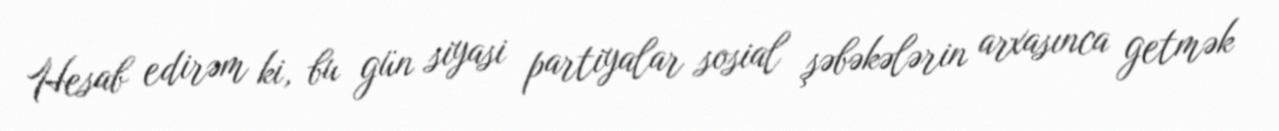
Hesab edirəm ki, bu gün siyasi partiyalar sosial şəbəkələrin arxasınca getmək